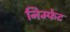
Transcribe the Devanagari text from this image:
निम्फेट